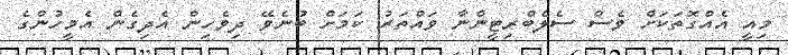
މިއީ އެއްގޮތަކަށް ވެސް ސެލެބްރިޓީންނާ ވައްތަރު ކަމަށް ބުނެވޭ ދިވެހިން އެދިގެން އެމީހުންގެ